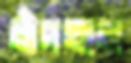
ধাঁদলাম